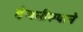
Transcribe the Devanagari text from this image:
देणगीरूपाने